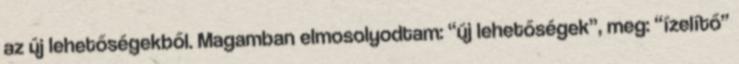
az új lehetőségekből. Magamban elmosolyodtam: “új lehetőségek”, meg: “ízelítő”